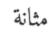
مثانة